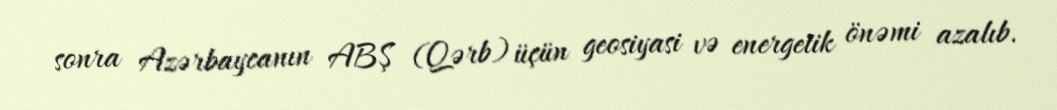
sonra Azərbaycanın ABŞ (Qərb) üçün geosiyasi və energetik önəmi azalıb.